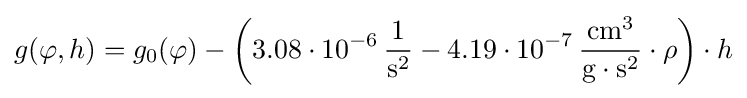
g(\varphi ,h)=g_{0}(\varphi )-\left(3{.}08\cdot 10^{-6}\,{\frac {1}{\mathrm {s} ^{2}}}-4{.}19\cdot 10^{-7}\,{\frac {\mathrm {cm} ^{3}}{\mathrm {g} \cdot \mathrm {s} ^{2}}}\cdot \rho \right)\cdot h